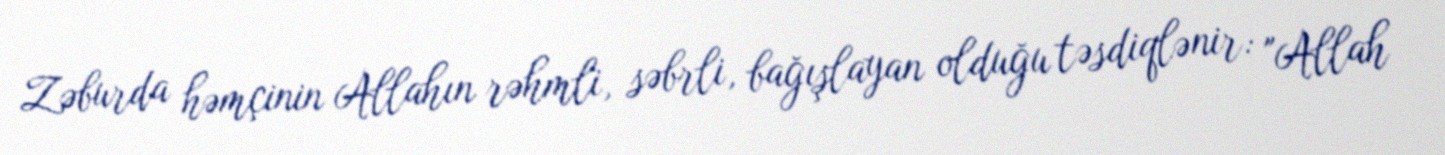
Zəburda həmçinin Allahın rəhmli, səbrli, bağışlayan olduğu təsdiqlənir: "Allah